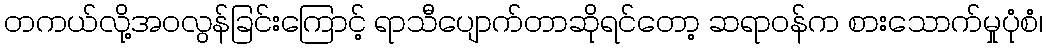
တကယ်လို့အဝလွန်ခြင်းကြောင့် ရာသီပျောက်တာဆိုရင်တော့ ဆရာဝန်က စားသောက်မှုပုံစံ၊